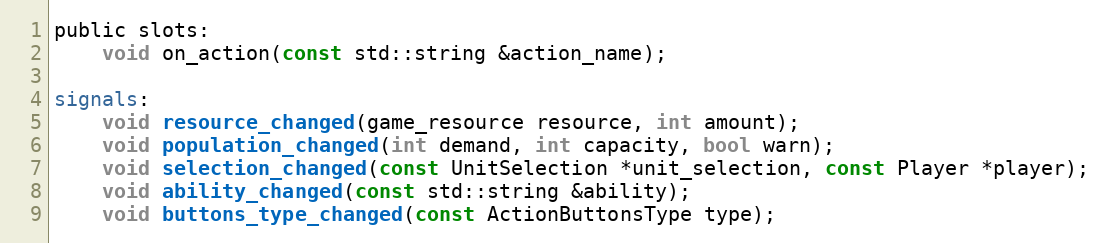
Language: C
public slots:
	void on_action(const std::string &action_name);

signals:
	void resource_changed(game_resource resource, int amount);
	void population_changed(int demand, int capacity, bool warn);
	void selection_changed(const UnitSelection *unit_selection, const Player *player);
	void ability_changed(const std::string &ability);
	void buttons_type_changed(const ActionButtonsType type);